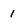
Character: 1